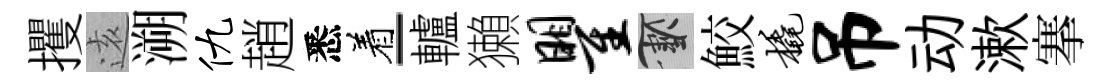
攫逺溯仇趙悉着-轤獺瞿草鮫橇吊动漱搴